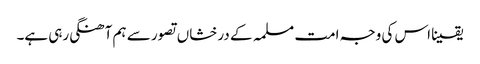
یقینا اس کی وجہ امت مسلمہ کے درخشاں تصور سے ہم آھنگی رہی ہے۔